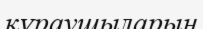
қүраушыларын